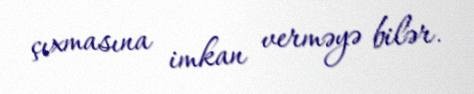
çıxmasına imkan verməyə bilər.